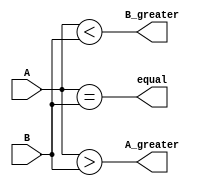
module comparator_3bit(
    input [2:0] A,
    input [2:0] B,
    output equal,
    output A_greater,
    output B_greater
);

assign equal = (A == B);
assign A_greater = (A > B);
assign B_greater = (A < B);

endmodule